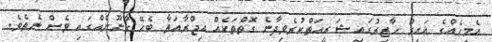
އެމީހެއްގެ ޣައިރު ހާޒިރުގައި ޝަރީއަތްކުރެވިދާނެ ގޮތްތަކެއް އިޖްރާއަތާ ބެހޭ ގާނޫނެއްގައި ވެސް ނެތެވެ.